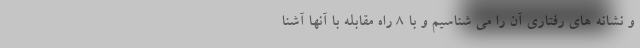
و نشانه های رفتاری آن را می شناسیم و با 8 راه مقابله با آنها آشنا